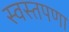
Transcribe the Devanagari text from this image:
स्वस्तपणा